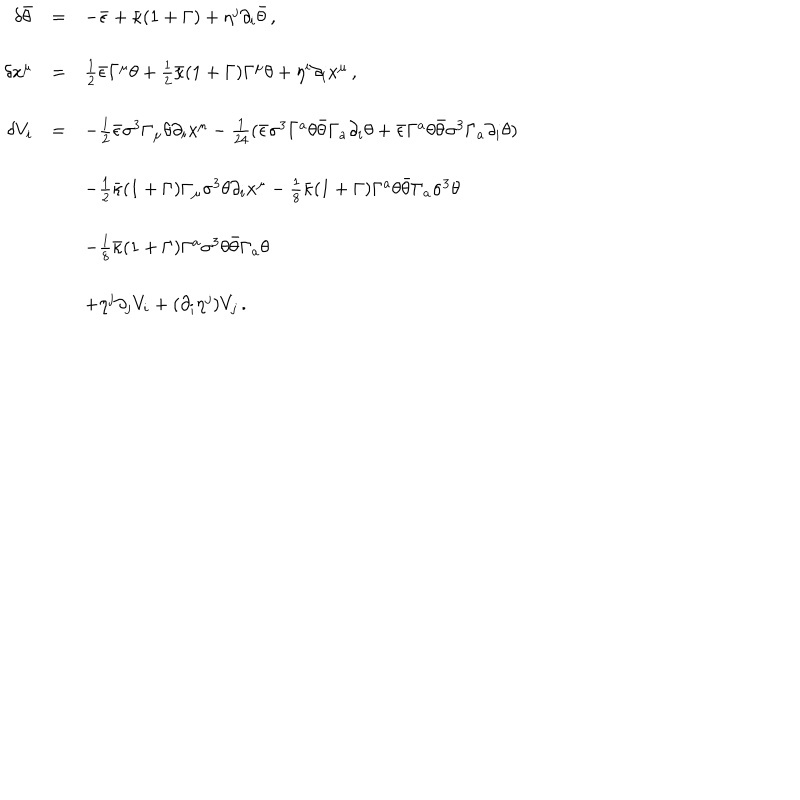
LaTeX: \begin{array} { r c l } { { \delta \bar { \theta } } } & { { = } } & { { - \bar { \epsilon } + \bar { \kappa } ( 1 + \Gamma ) + \eta ^ { j } \partial _ { i } \bar { \theta } \, , } } \\ { { } } & { { } } & { { } } \\ { { \delta x ^ { \mu } } } & { { = } } & { { \frac { 1 } { 2 } \bar { \epsilon } \Gamma ^ { \mu } \theta + \frac { 1 } { 2 } \bar { \kappa } ( 1 + \Gamma ) \Gamma ^ { \mu } \theta + \eta ^ { i } \partial _ { i } x ^ { \mu } \, , } } \\ { { } } & { { } } & { { } } \\ { { \delta V _ { i } } } & { { = } } & { { - \frac { 1 } { 2 } \bar { \epsilon } \sigma ^ { 3 } \Gamma _ { \mu } \theta \partial _ { i } x ^ { \mu } - \frac { 1 } { 2 4 } ( \bar { \epsilon } \sigma ^ { 3 } \Gamma ^ { a } \theta \bar { \theta } \Gamma _ { a } \partial _ { i } \theta + \bar { \epsilon } \Gamma ^ { a } \theta \bar { \theta } \sigma ^ { 3 } \Gamma _ { a } \partial _ { i } \theta ) } } \\ { { } } & { { } } & { { } } \\ { { } } & { { } } & { { - \frac { 1 } { 2 } \bar { \kappa } ( 1 + \Gamma ) \Gamma _ { \mu } \sigma ^ { 3 } \theta \partial _ { i } x ^ { \mu } - \frac { 1 } { 8 } \bar { \kappa } ( 1 + \Gamma ) \Gamma ^ { a } \theta \bar { \theta } \Gamma _ { a } \sigma ^ { 3 } \theta } } \\ { { } } & { { } } & { { } } \\ { { } } & { { } } & { { - \frac { 1 } { 8 } \bar { \kappa } ( 1 + \Gamma ) \Gamma ^ { a } \sigma ^ { 3 } \theta \bar { \theta } \Gamma _ { a } \theta } } \\ { { } } & { { } } & { { } } \\ { { } } & { { } } & { { + \eta ^ { j } \partial _ { j } V _ { i } + ( \partial _ { i } \eta ^ { j } ) V _ { j } \, . } } \\ \end{array}